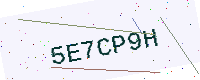
Text: 5E7CP9H